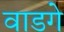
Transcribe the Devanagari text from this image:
वाडगे